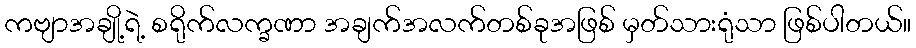
ကဗျာအချို့ရဲ့ စရိုက်လက္ခဏာ အချက်အလက်တစ်ခုအဖြစ် မှတ်သားရုံသာ ဖြစ်ပါတယ်။